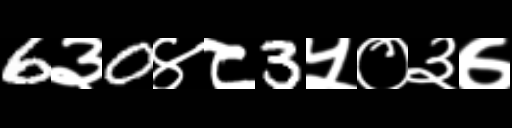
Text: 6३0४८3५०३७